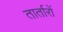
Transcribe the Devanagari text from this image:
तार्तारों